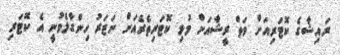
ރައިޝާގެ ކޮޓަރިއަށް ވަތް ރީޝާއަށް މުޅި ކޮޓަރިތެރެއަށް ނަޒަރު ހިންގާލެވުނީ އެ ކޮޓަރި